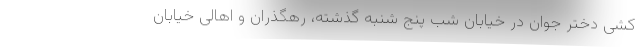
کشی دختر جوان در خیابان شب پنج شنبه گذشته، رهگذران و اهالی خیابان